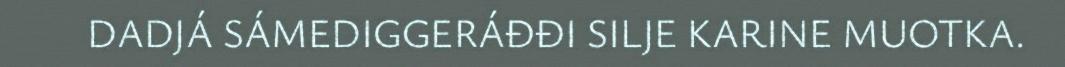
DADJÁ SÁMEDIGGERÁĐĐI SILJE KARINE MUOTKA.